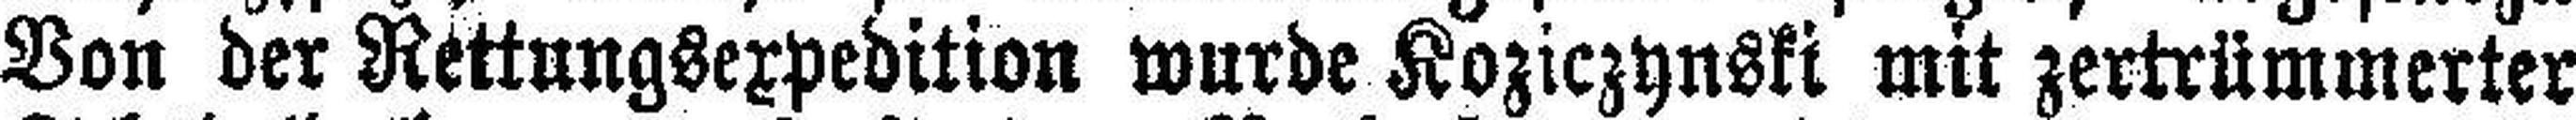
Von der Rettungsexpedition wurde Koziczynski mit zertrümmerter